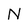
Character: N